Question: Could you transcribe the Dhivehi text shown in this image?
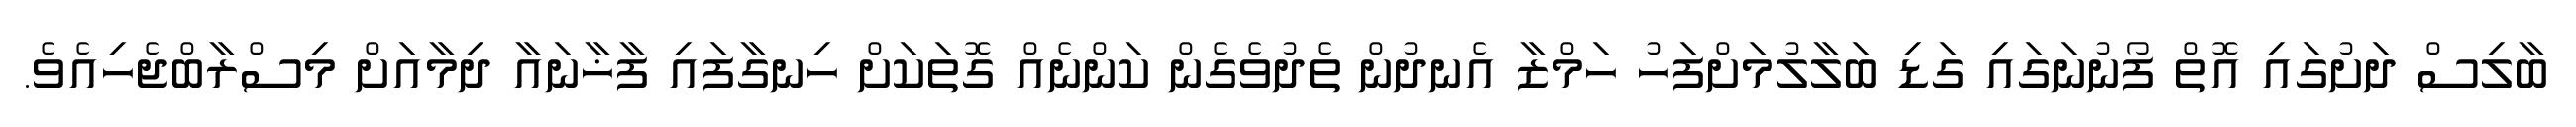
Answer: ބާލިސް ދަށުގައި އޮތް ފޯނުނަގައި ގަޑި ބަލާލުމަށްފަހު ހަމްޒާ އެނދުން ތެދުވެގެން ކަންނެއް ގޮތަކަށް ހިނގާފައި ފާޚާނައާ ދިމާއަށް މިސްރާބްޖެހިއެވެ.